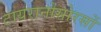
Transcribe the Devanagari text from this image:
टायरानोसोरसों